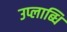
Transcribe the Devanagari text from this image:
उप्लाब्धि